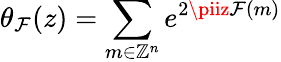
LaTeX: \theta_{\mathcal{F}}(z)=\sum_{m\in\mathbb{{Z}}^{n}}e^{2\piiz\mathcal{F}(m)}